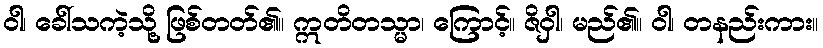
ဝါ၊ ခေါ်သကဲ့သို့ ဖြစ်တတ်၏။ ဣတိတသ္မာ၊ ကြောင့်။ ဇိဝှါ၊ မည်၏။ ဝါ၊ တနည်းကား။